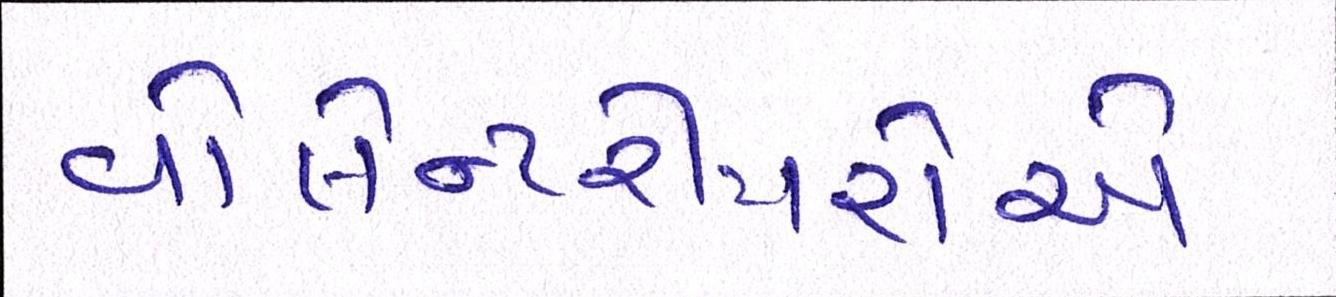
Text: વોલેન્ટરીયરોએ